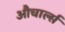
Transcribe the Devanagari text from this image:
औचार्ल्स